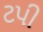
ટપી